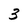
Character: 3